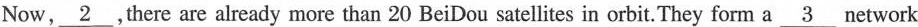
Now \underline{2},there are already more than 20 BeiDou satellites in orbit.They form a